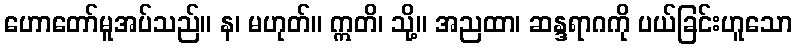
ဟောတော်မူအပ်သည်။ န၊ မဟုတ်။ ဣတိ၊ သို့။ အညထာ၊ ဆန္ဒရာဂကို ပယ်ခြင်းဟူသော